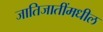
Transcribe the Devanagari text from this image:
जातिजातींमधील